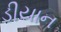
ડીયાન